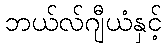
ဘယ်လ်ဂျီယံနှင့်